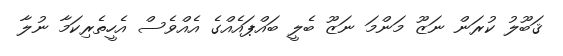
ޤަބޫލު ކުރަން ނަޒޫ މަންމަ ނަޒޫ ބެލީ ބައްޕައެއްގެ އެއްވެސް އެހީތެރިކަމާ ނުލާ